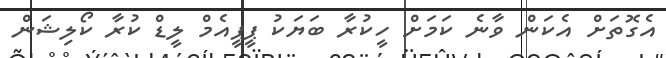
އެގޮތަށް އެކަން ވާނެ ކަމަށް ހީކުރާ ބަޔަކު ޕީޕީއެމް ލީޑް ކުރާ ކޯލިޝަން